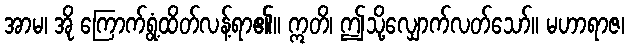
အာမ၊ အို ကြောက်ရွံ့ထိတ်လန့်ရာ၏။ ဣတိ၊ ဤသို့လျှောက်လတ်သော်။ မဟာရာဇ၊